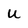
Character: u